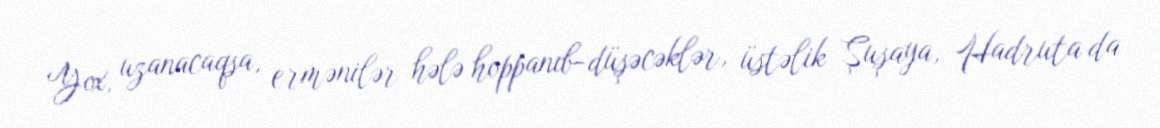
Yox, uzanacaqsa, ermənilər hələ hoppanıb-düşəcəklər, üstəlik Şuşaya, Hadruta da